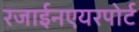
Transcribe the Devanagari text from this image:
रजाईनएयरपोर्ट